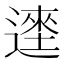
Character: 𰻎